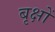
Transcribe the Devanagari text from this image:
बृक्षों